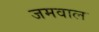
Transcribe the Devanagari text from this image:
जमवाल